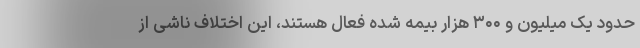
حدود یک میلیون و ۳۰۰ هزار بیمه شده فعال هستند، این اختلاف ناشی از